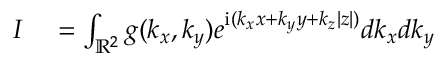
\begin{array} { r l } { I } & { { } = \int _ { \mathbb { R } ^ { 2 } } g ( k _ { x } , k _ { y } ) e ^ { \mathrm { i } ( k _ { x } x + k _ { y } y + k _ { z } | z | ) } d k _ { x } d k _ { y } } \end{array}